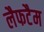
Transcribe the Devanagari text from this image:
लैफटैम